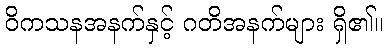
ဝိကသနအနက်နှင့် ဂတိအနက်များ ရှိ၏။